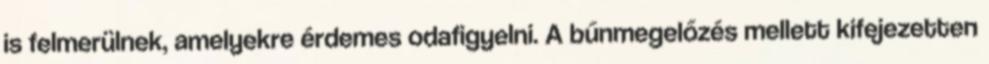
is felmerülnek, amelyekre érdemes odafigyelni. A bűnmegelőzés mellett kifejezetten